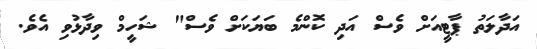
އަދާލަތު ޕާޓީއަށް ވެސް އަދި ކޮންމެ ބަޔަކަށް ވެސް" ޝަހީމް ވިދާޅުވި އެވެ.